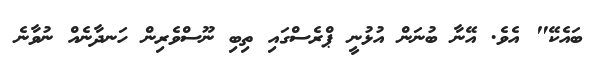
ބައެކޭ" އެވެ. އޭނާ ބުނަން އުޅުނީ ޕްރެސްގައި ތިބި ނޫސްވެރިން ހަނދާނެއް ނުވާނެ